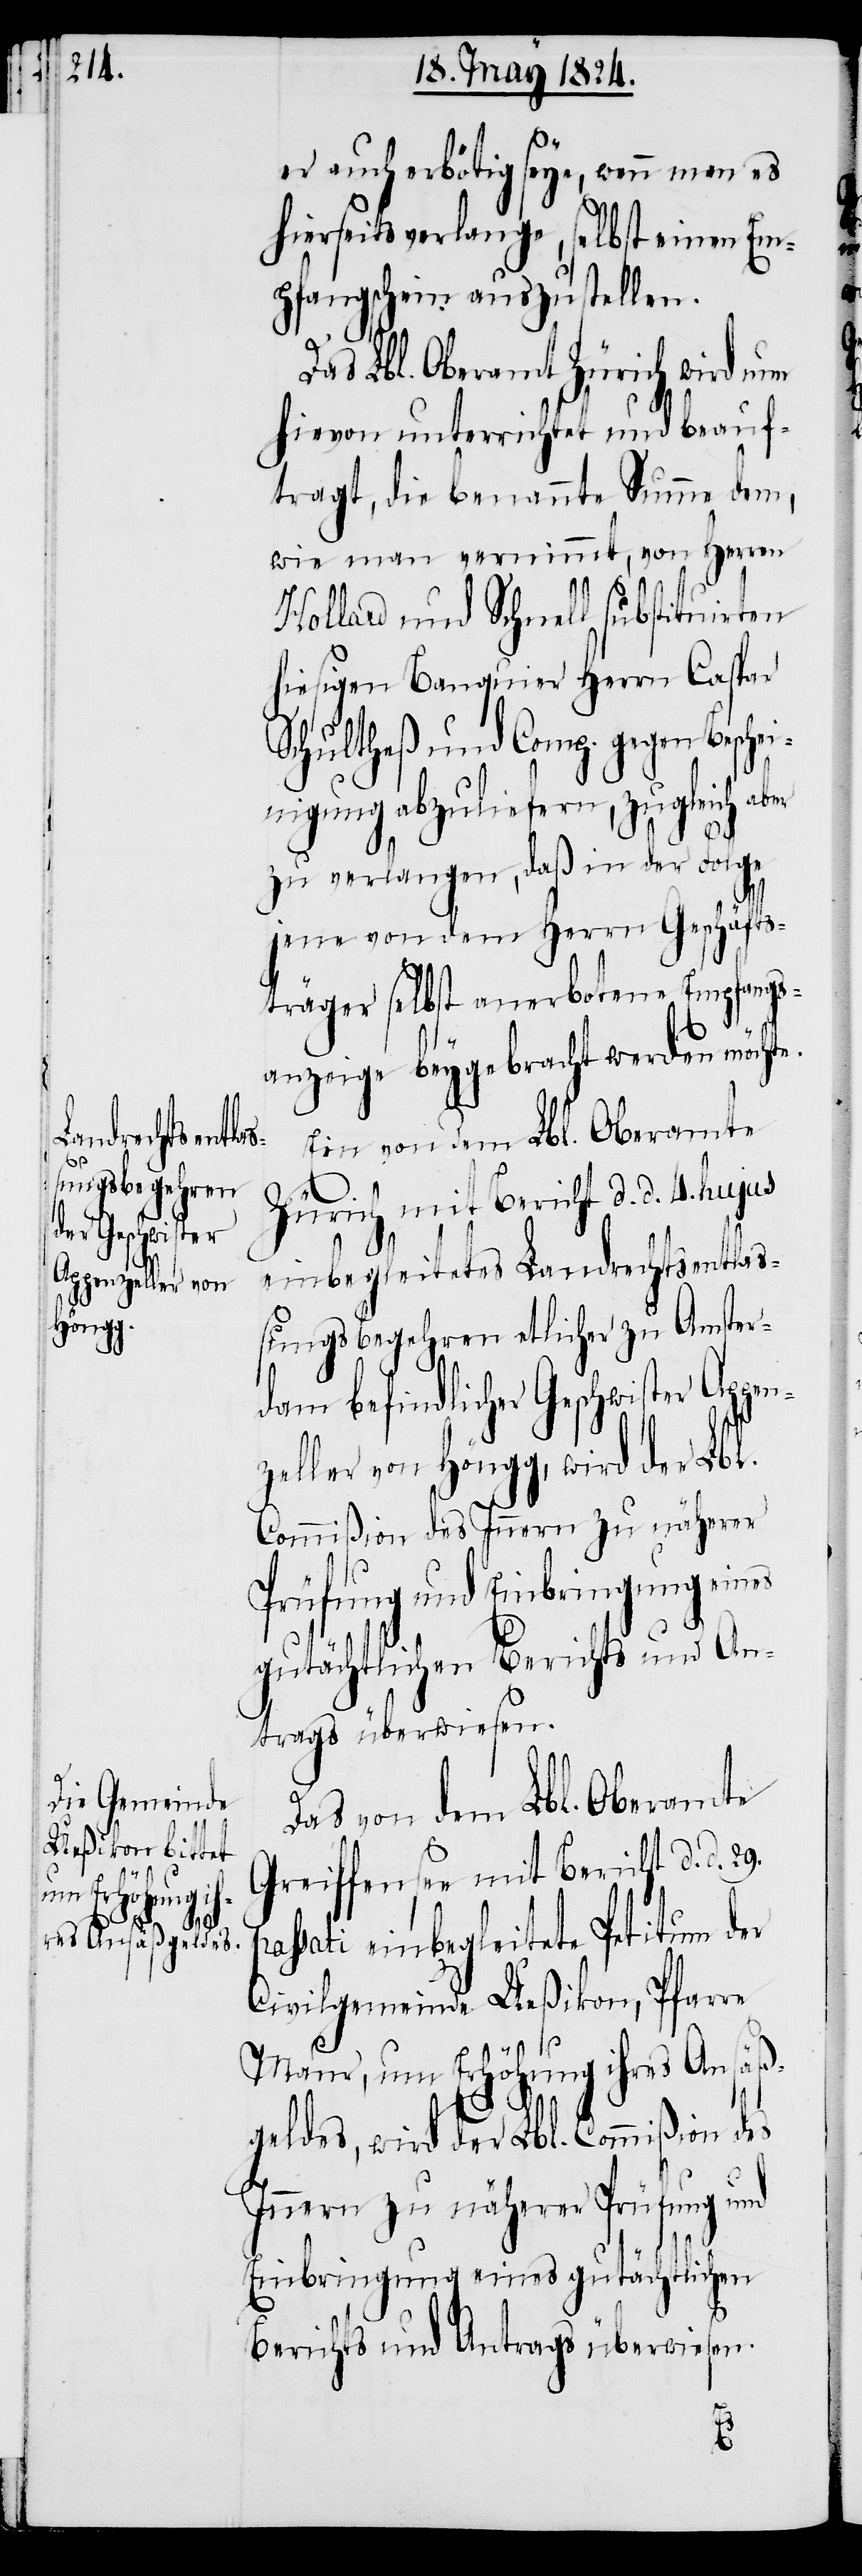
en¬
29.

er auch erbötig seye, wenn man es
hierseits verlange, selbst einen Em¬
pfangschein auszustellen.
Das Lbl. Oberamt Zürich wird nun
hievon unterrichtet und beauf¬
tragt, die benannte Summe dem,
wie man vernimmt, von Herren
Hollard und Schnell substituirten
hiesigen Banquier Herrn Caspar
Schultheß und Comp. gegen Beschei¬
nigung abzuliefern, zugleich a¬
zu verlangen, daß in der Folge
jene von dem Herrn Geschäfts¬
träger selbst anerbotene Empfangs¬
anzeige beygebracht werden möchte.
Ein von dem Lbl. Oberamte
Zürich mit Bericht d. d. 4. hujus
einbegleitetes Landrechtsentlaß¬
ungsbegehren etlicher zu Amster¬
dam befindlicher Geschwister Ap¬
zeller von Höngg, wird der Lbl.
Commißion des Innern zu näherer
Prüfung und Einbringung eines
gutächtlichen Berichts und An¬
trags überwiesen.
Das von dem Lbl. Oberamte
Greiffensee mit Bericht d. d.
ssati einbegleitete Petitum der
Civilgemeinde Ueßikon, Pfarre
Maur, um Erhöhung ihres Ansäß¬
geldes, wird der Lbl. Commißion des
Innern zu näherer Prüfung und
Einbringung eines gutächtlichen
Berichts und Antrags überwiesen.